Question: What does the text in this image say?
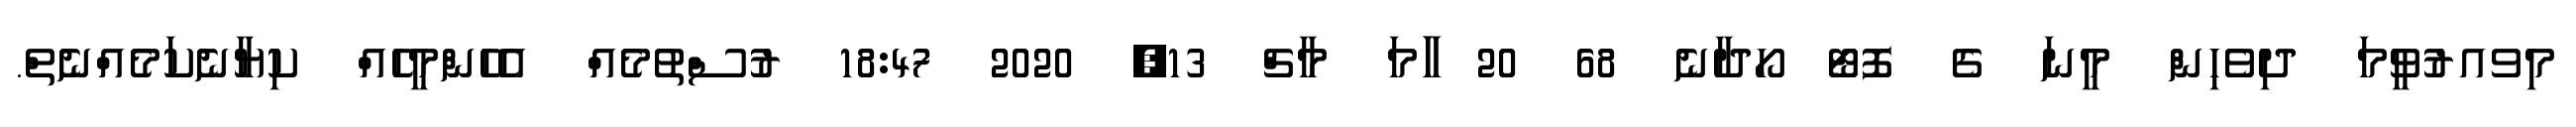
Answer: މިވއރުވީމަ ދިވެހިން މީނަ ގެ ފޮޓޯ ހޯދާނެ 68 20 ާަާމަ މާޗް 13, 2020 18:47 ރުސްތުމެއް އެހެންމީހެއް ކިޔާނެކަމެއްނެތް.